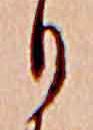
り